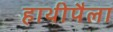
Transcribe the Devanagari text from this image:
हाथीपैला